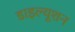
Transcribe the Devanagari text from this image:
डाइल्यूशन